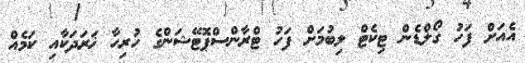
އެއަށް ފަހު ގޯލްޑެން ޓިކެޓް ލިބުމަށް ފަހު ޓްރާންސްޕޮޓޭޝަންގެ ހުރިހާ ޚަރަދަކާއި ކަމެއް